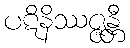
ပဋိနိဿဇ္ဇန္တီ